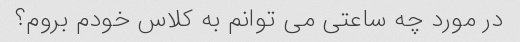
در مورد چه ساعتی می توانم به کلاس خودم بروم؟